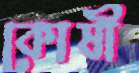
কোষী